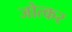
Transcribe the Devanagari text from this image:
जोत्कर